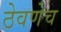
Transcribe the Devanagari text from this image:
ठेवणेच